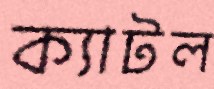
ক্যাটল